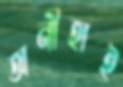
অনীহাই